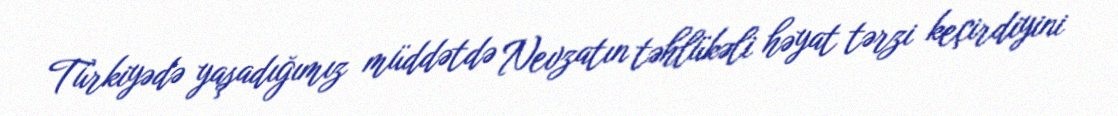
Türkiyədə yaşadığımız müddətdə Nevzatın təhlükəli həyat tərzi keçirdiyini